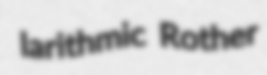
larithmic Rother